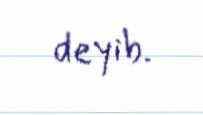
deyib.